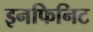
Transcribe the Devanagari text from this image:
इनफिनिट